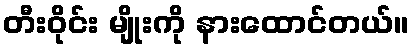
တီးဝိုင်း မျိုးကို နားထောင်တယ်။